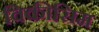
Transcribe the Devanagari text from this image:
विकीसिम